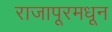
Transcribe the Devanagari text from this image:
राजापूरमधून